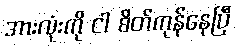
အားလုံးကို ငါ စိတ်ကုန်နေပြီ